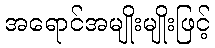
အရောင်အမျိုးမျိုးဖြင့်